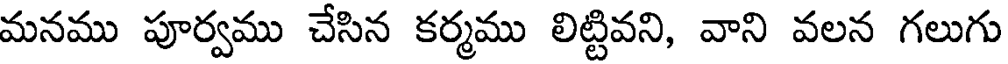
మనము పూర్వము చేసిన కర్మము లిట్టివని, వాని వలన గలుగు